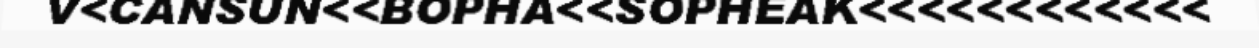
V<CANSUN<<BOPHA<<SOPHEAK<<<<<<<<<<<<